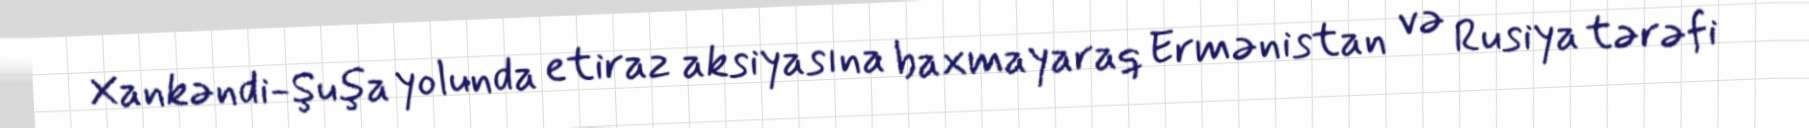
Xankəndi-Şuşa yolunda etiraz aksiyasına baxmayaraq Ermənistan və Rusiya tərəfi